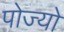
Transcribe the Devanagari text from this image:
पोज्यो